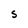
Character: S